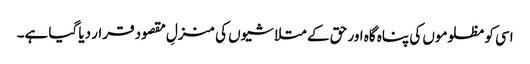
اسی کو مظلوموں کی پناہ گاہ اور حق کے متلاشیوں کی منزلِ مقصود قرار دیا گیا ہے۔